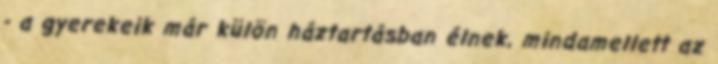
- a gyerekeik már külön háztartásban élnek, mindamellett az